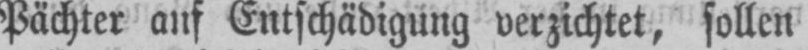
Pächter auf Entschädigung verzichtet, sollen